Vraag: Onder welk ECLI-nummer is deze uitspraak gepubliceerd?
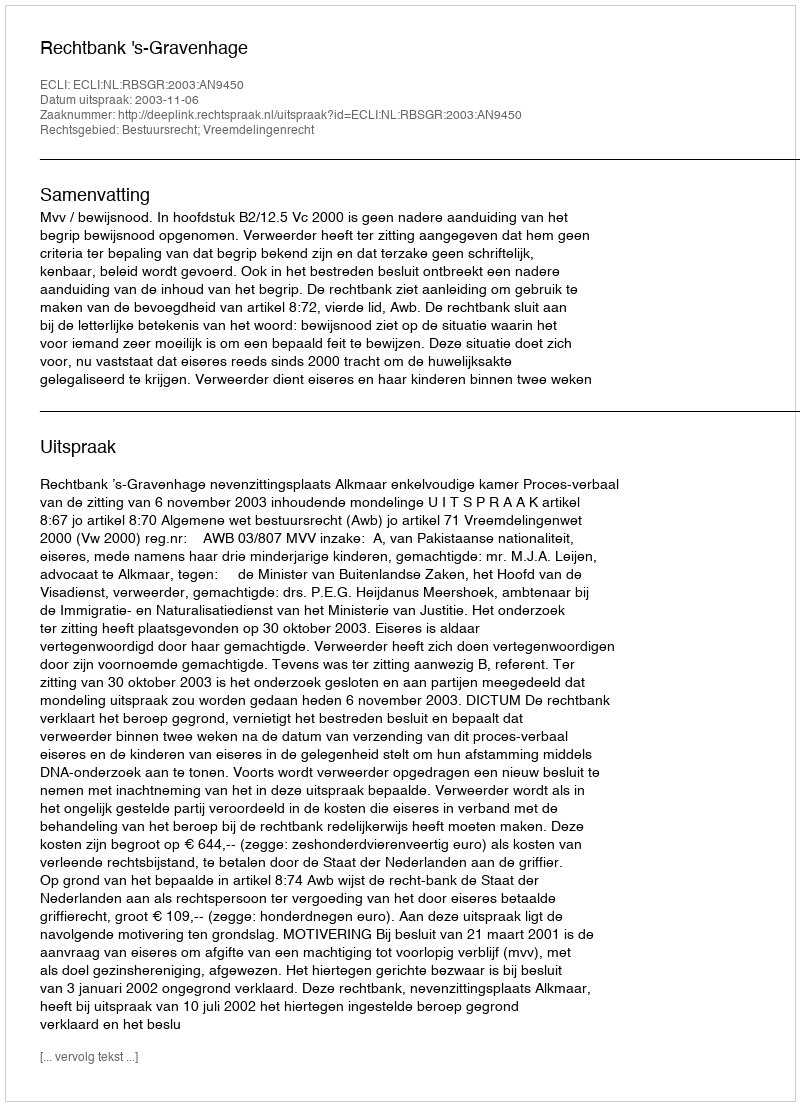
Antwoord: ECLI:NL:RBSGR:2003:AN9450